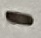
Text: -